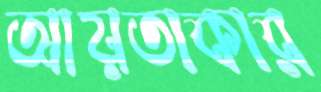
আয়তাকার